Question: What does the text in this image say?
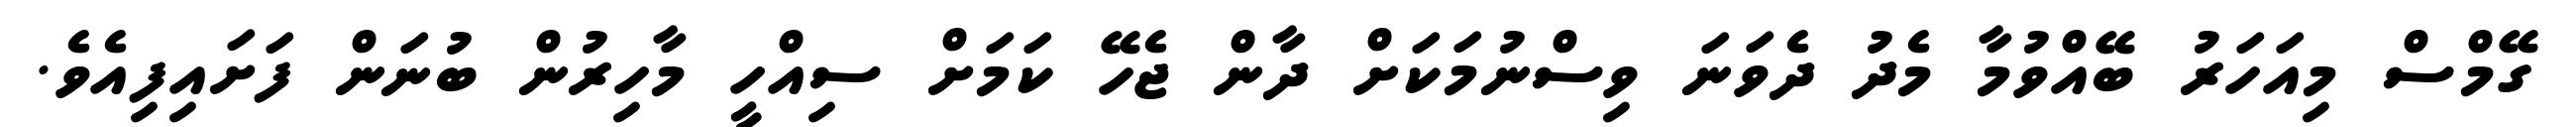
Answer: ގޭމްސް މިއަހަރު ބޭއްވުމާ މެދު ދެވަނަ ވިސްނުމަކަށް ދާން ޖެހޭ ކަމަށް ސިއްހީ މާހިރުން ބުނަން ފަށައިފިއެވެ.